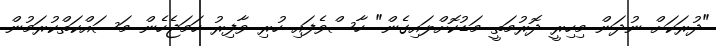
"ދުރަކަށް ނުދަން މިހިރީ ދޮރުމަތީ މަޑުކޮށްލައިގެން" ހާސްވެފައި ހުރި ވާފިރު ހަމަޖެހެން މަސައްކަތްކުރަމުން